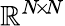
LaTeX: \mathbb{R}^{N\! \times\! N}